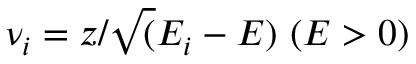
\nu _ { i } = z / \sqrt ( E _ { i } - E ) \ ( E > 0 )